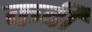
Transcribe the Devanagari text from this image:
कर्दी